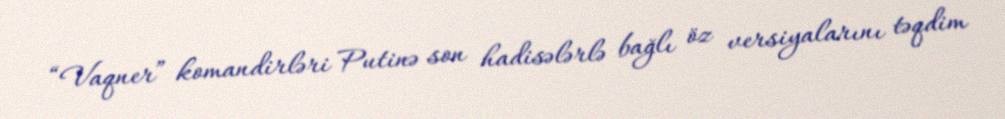
“Vaqner” komandirləri Putinə son hadisələrlə bağlı öz versiyalarını təqdim